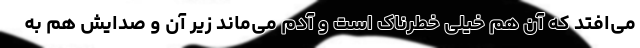
می‌افتد که آن هم خیلی خطرناک است و آدم می‌ماند زیر آن و صدایش هم به